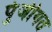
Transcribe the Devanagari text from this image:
पुंजीगत